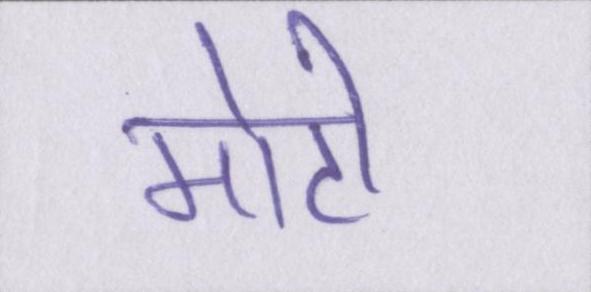
मोटी